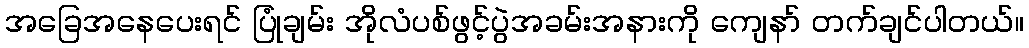
အခြေအနေပေးရင် ပြုံချမ်း အိုလံပစ်ဖွင့်ပွဲအခမ်းအနားကို ကျေနာ် တက်ချင်ပါတယ်။